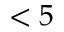
< 5